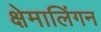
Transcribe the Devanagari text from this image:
क्षेमालिंगन